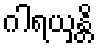
ဂါရယှန္တိ